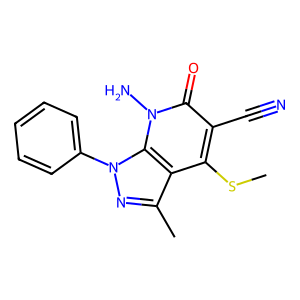
SMILES: CSc1c(C#N)c(=O)n(N)c2c1c(C)nn2-c1ccccc1
Inhibits HIV replication: No